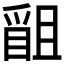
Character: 𭶴